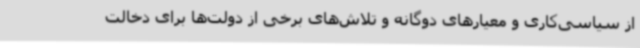
از سیاسی‌کاری و معیارهای دوگانه و تلاش‌های برخی از دولت‌ها برای دخالت